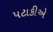
પટાકીએ